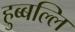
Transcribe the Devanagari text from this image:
हुब्बल्लि